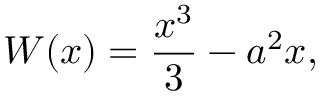
W ( x ) = \frac { x ^ { 3 } } { 3 } - a ^ { 2 } x ,